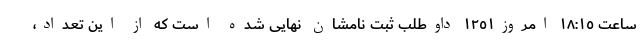
ساعت ١٨:١٥ امروز١٢٥١ داوطلب ثبت نامشان نهایی شده است که از این تعداد،